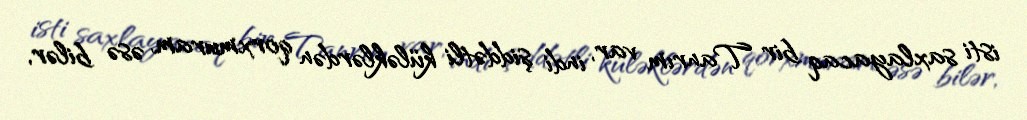
isti saxlayacaq bir Tanrım var, indi şiddətli küləklərdən qorxmuram, əsə bilər,